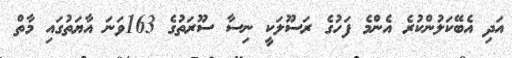
އަދި އެބޭކަލުންކުރެ އެންމެ ފަހުގެ ރަސޫލަކީ ނިސާ ސޫރަތުގެ 163ވަނަ އާޔަތުގައި މާތް